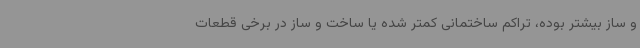
و ساز بیشتر بوده، تراکم ساختمانی کمتر شده یا ساخت و ساز در برخی قطعات